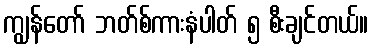
ကျွန်တော် ဘတ်စ်ကားနံပါတ် ၅ စီးချင်တယ်။